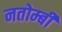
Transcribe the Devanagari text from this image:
नतोम्बी